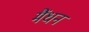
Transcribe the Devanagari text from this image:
मैंधन